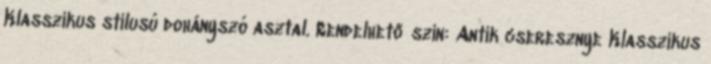
Klasszikus stílusú dohányszó asztal. Rendelhető szín: Antik cseresznye Klasszikus